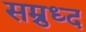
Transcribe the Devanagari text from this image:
सम्रुध्द